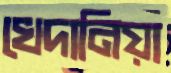
খেদানিয়া